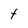
Character: t